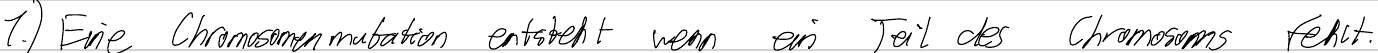
1.) Eine Chromosomenmutation entsteht wenn ein Teil des Chromosoms fehlt.